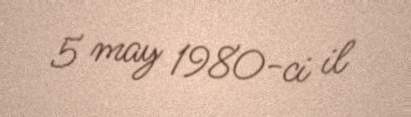
5 may 1980-ci il